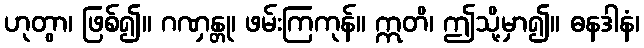
ဟုတွာ၊ ဖြစ်၍။ ဂဏှန္တု၊ ဖမ်းကြကုန်။ ဣတိ၊ ဤသို့မှာ၍။ ဓနဒါနံ၊